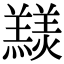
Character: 𦏠